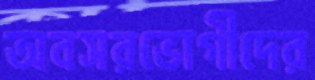
অবসরভোগীদের